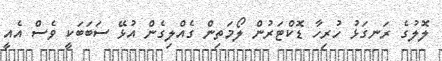
ލޮލުގެ ރަނގަޅު ހުރިހާ ޑޮކްޓަރުން ލޯމަތިން ގެއްލިގެން އުޅޭ ސަބަބަކީ ވެސް އެއީ